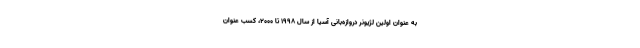
به عنوان اولین لژیونر دروازه‌بانی آسیا از سال ۱۹۹۸ تا ۲۰۰۰، کسب عنوان